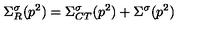
\Sigma _ { R } ^ { \sigma } ( p ^ { 2 } ) = \Sigma _ { C T } ^ { \sigma } ( p ^ { 2 } ) + \Sigma ^ { \sigma } ( p ^ { 2 } )